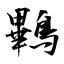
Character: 鷝